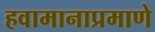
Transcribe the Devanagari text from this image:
हवामानाप्रमाणे